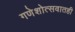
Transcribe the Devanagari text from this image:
गणेशोत्सवातही